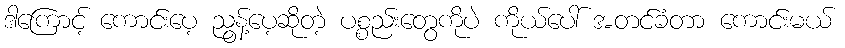
ဒါကြောင့် ကောင်းပေ့ ညွန့်ပေ့ဆိုတဲ့ ပစ္စည်းတွေကိုပဲ ကိုယ်ပေါ် အတင်ခံတာ ကောင်းမယ်